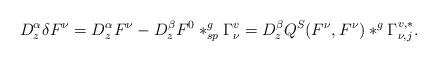
LaTeX: \begin{align*}D^{\alpha}_z\delta F^{\nu}=D^{\alpha}_zF^{\nu}-D^{\beta}_zF^0\ast^g_{sp}\Gamma^{v}_{\nu}=D^{\beta}_zQ^S(F^{\nu},F^{\nu})\ast^g \Gamma^{v,*}_{\nu,j}.\end{align*}